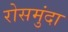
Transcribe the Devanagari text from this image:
रोसमुंदा